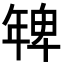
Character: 𭙅